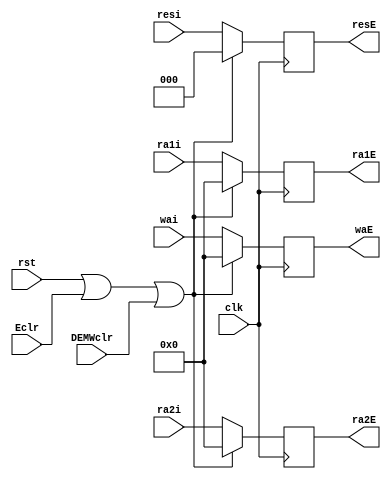
`timescale 1ns / 1ps
//////////////////////////////////////////////////////////////////////////////////
// Company: 
// Engineer: 
// 
// Design Name: 
// Module Name:    atcE 
// Project Name: 
// Target Devices: 
// Tool versions: 
// Description: 
//
// Dependencies: 
//
// Revision: 
// Revision 0.01 - File Created
// Additional Comments: 
//
//////////////////////////////////////////////////////////////////////////////////
module atcE(
    input [4:0] ra1i,
    input [4:0] ra2i,
    input [4:0] wai,
    input [2:0] resi,
    input clk,
	 input rst,
	 input Eclr,
	 input DEMWclr,
    output [4:0] ra1E,
    output [4:0] ra2E,
    output [4:0] waE,
    output [2:0] resE
    );
	 
	 reg[4:0] ra1= 0,ra2 = 0,wa = 0;
	 reg[2:0] res = 0;
	 
	 assign ra1E = ra1;
	 assign ra2E = ra2;
	 assign waE = wa;
	 assign resE = res;
	 
	 always @(posedge clk)begin
		if(rst||Eclr||DEMWclr)begin
			ra1<= 0;
			ra2 <= 0;
			wa<= 0;
			res<= 0;
		end
		else begin
			ra1<= ra1i;
			ra2 <= ra2i;
			wa<= wai;
			res<= resi;
		end
	 end


endmodule